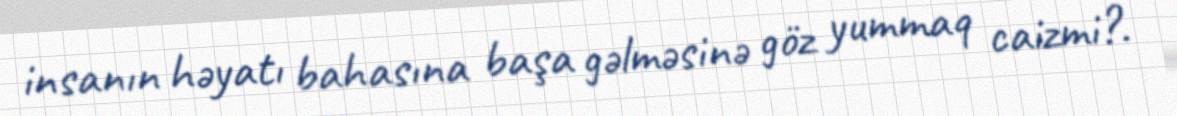
insanın həyatı bahasına başa gəlməsinə göz yummaq caizmi?.